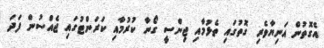
އެގޮތުން އަނިޔާވެރި ގޮތުގައި ތެޅުމާއި ޖިންސީ ގޯނާ ކުރުމާއި ކަރަންޓުގައި ޖެއްސުން ފަދަ